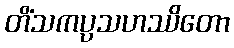
တိံသကပ္ပသဟဿိတော